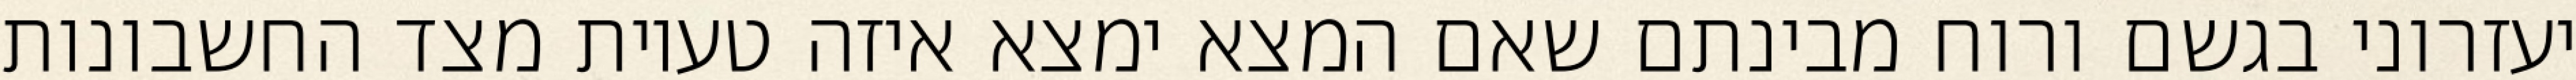
יעזרוני בגשם ורוח מבינתם שאם המצא ימצא איזה טעיות מצד החשבונות